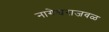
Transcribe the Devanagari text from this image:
नागेश्वराजवळ